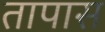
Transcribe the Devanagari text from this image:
तापास